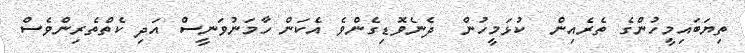
ތިޔަބައިމީހުންގެ ތެރެއިން  ކުޅަމީހުން  ދެނެވޮޑިގެންވެ އެކަން ހާމަނުވަނީސް އަދި ކެތްތެރިންވެސް